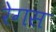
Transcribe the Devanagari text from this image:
रेगस